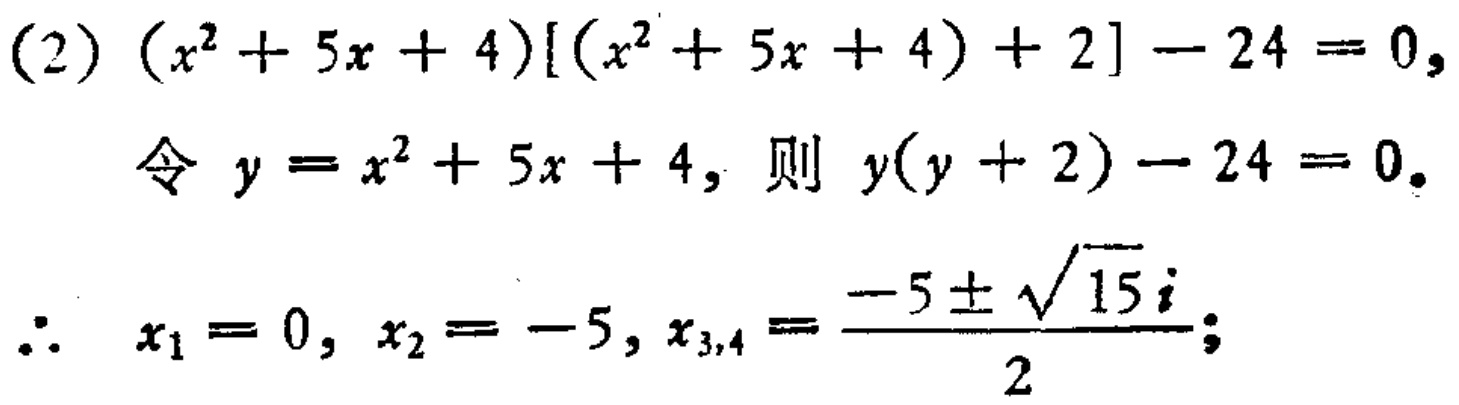
(2) \((x^{2}+5x + 4)[(x^{2}+5x + 4)+2]-24 = 0\),
令 \(y = x^{2}+5x + 4\), 则 \(y(y + 2)-24 = 0\).
\(\therefore x_{1}=0, x_{2}=-5, x_{3,4}=\frac{-5\pm\sqrt{15}i}{2}\);